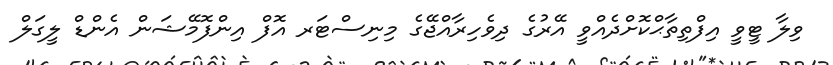
ވިލާ ޓީވީ އިފްތިތާޙްކޮށްދެއްވީ އޭރުގެ ދިވެހިރާއްޖޭގެ މިނިސްޓަރ އޮފް އިންފޮމޭޝަން އެންޑް ލީގަލް